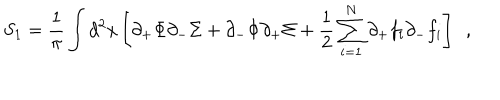
S _ { 1 } = { \frac { 1 } { \pi } } \int d ^ { 2 } x \left[ \partial _ { + } \Phi \partial _ { - } \Sigma + \partial _ { - } \Phi \partial _ { + } \Sigma + { \frac { 1 } { 2 } } \sum _ { i = 1 } ^ { N } \partial _ { + } f _ { i } \partial _ { - } f _ { i } \right] \ \ ,